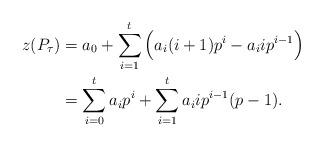
LaTeX: \begin{align*} z(P_\tau) &= a_0 + \sum_{i=1}^ t\Big( a_i(i+1) p^i - a_i i p^{i-1}\Big) \\&= \sum_{i=0}^t a_i p^i + \sum_{i=1}^ t a_i i p^{i-1}(p-1). \end{align*}